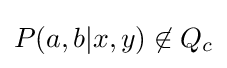
P(a,b|x,y)\not \in Q_{c}